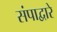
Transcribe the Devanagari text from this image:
संपाद्वारे